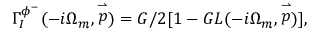
\Gamma _ { I } ^ { \phi ^ { - } } ( - i \Omega _ { m } , \stackrel { \rightharpoonup } { p } ) = G / 2 [ 1 - G L ( - i \Omega _ { m } , \stackrel { \rightharpoonup } { p } ) ] ,